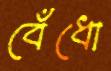
বেঁধো